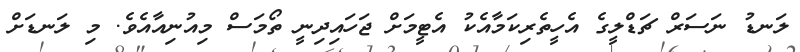
ލަނޑު ނަސަރް ޗަޑްލީގެ އެހީތެރިކަމާއެކު އެޓީމަށް ޖަހައިދިނީ ތޯމަސް މިއުނިއާއެވެ. މި ލަނޑަށް